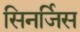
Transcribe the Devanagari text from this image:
सिनर्जिस